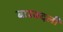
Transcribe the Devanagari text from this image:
बारबदली